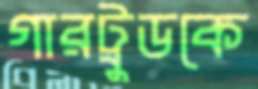
গারট্রুডকে